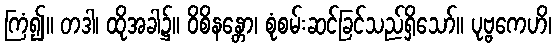
ကြံ၍။ တဒါ၊ ထိုအခါ၌။ ဝိစိနန္တော၊ စုံစမ်းဆင်ခြင်သည်ရှိသော်။ ပုဗ္ဗကေဟိ၊